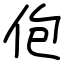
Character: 佨